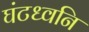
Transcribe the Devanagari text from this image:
घंटध्वनि